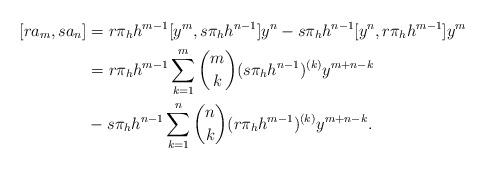
LaTeX: \begin{align*}[ra_m, sa_n] &= r\pi_h h^{m-1} [y^m, s\pi_h h^{n-1}] y^n - s\pi_h h^{n-1} [ y^n, r\pi_h h^{m-1}] y^m \\&= r\pi_h h^{m-1} \sum_{k=1}^m {m \choose k} (s\pi_hh^{n-1})^{(k)} y^{m+n-k}\\& - s\pi_h h^{n-1} \sum_{k=1}^n {n \choose k} (r\pi_h h^{m-1})^{(k)} y^{m+n-k}.\end{align*}